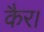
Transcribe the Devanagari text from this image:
कैर।